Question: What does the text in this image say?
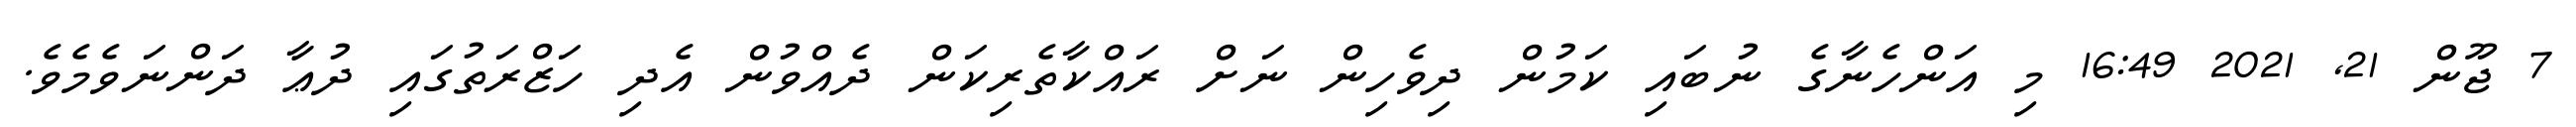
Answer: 7 ޖޫން 21, 2021 16:49 މި އަންހެނާގެ ނުބައި ކަމުން ދިވެހިން ނަށް ރައްކާތެރިކަން ދެއްވުން އެދި ހަޒްރަތުގައި ދުޢާ ދަންނަވެމެވެ.